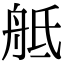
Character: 𦨢